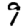
Digit: 9